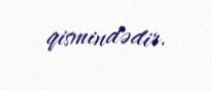
qismindədir.